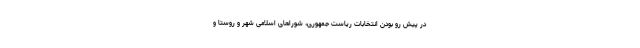
در پیش رو بودن انتخابات ریاست جمهوری، شوراهای اسلامی شهر و روستا و